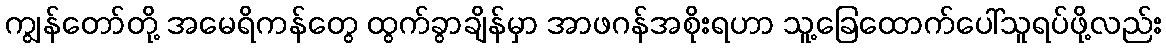
ကျွန်တော်တို့ အမေရိကန်တွေ ထွက်ခွာချိန်မှာ အာဖဂန်အစိုးရဟာ သူ့ခြေထောက်ပေါ်သူရပ်ဖို့လည်း